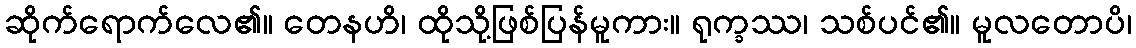
ဆိုက်ရောက်လေ၏။ တေနဟိ၊ ထိုသို့ဖြစ်ပြန်မူကား။ ရုက္ခဿ၊ သစ်ပင်၏။ မူလတောပိ၊